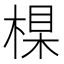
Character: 𣕱